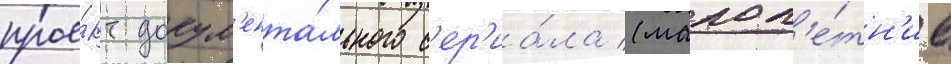
прое́кт докум'ента́льного с'ер'иа́ла (малол'е́тн'ие